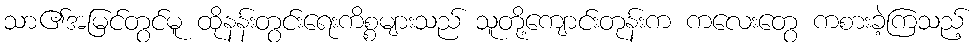
သာ၏အမြင်တွင်မူ ထိုနန်းတွင်းရေးကိစ္စများသည် သူတို့ကျောင်းတုန်းက ကလေးတွေ ကစားခဲ့ကြသည့်